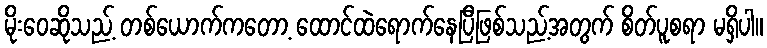
မိုးဝေဆိုသည့် တစ်ယောက်ကတော့ ထောင်ထဲရောက်နေပြီဖြစ်သည့်အတွက် စိတ်ပူစရာ မရှိပါ။